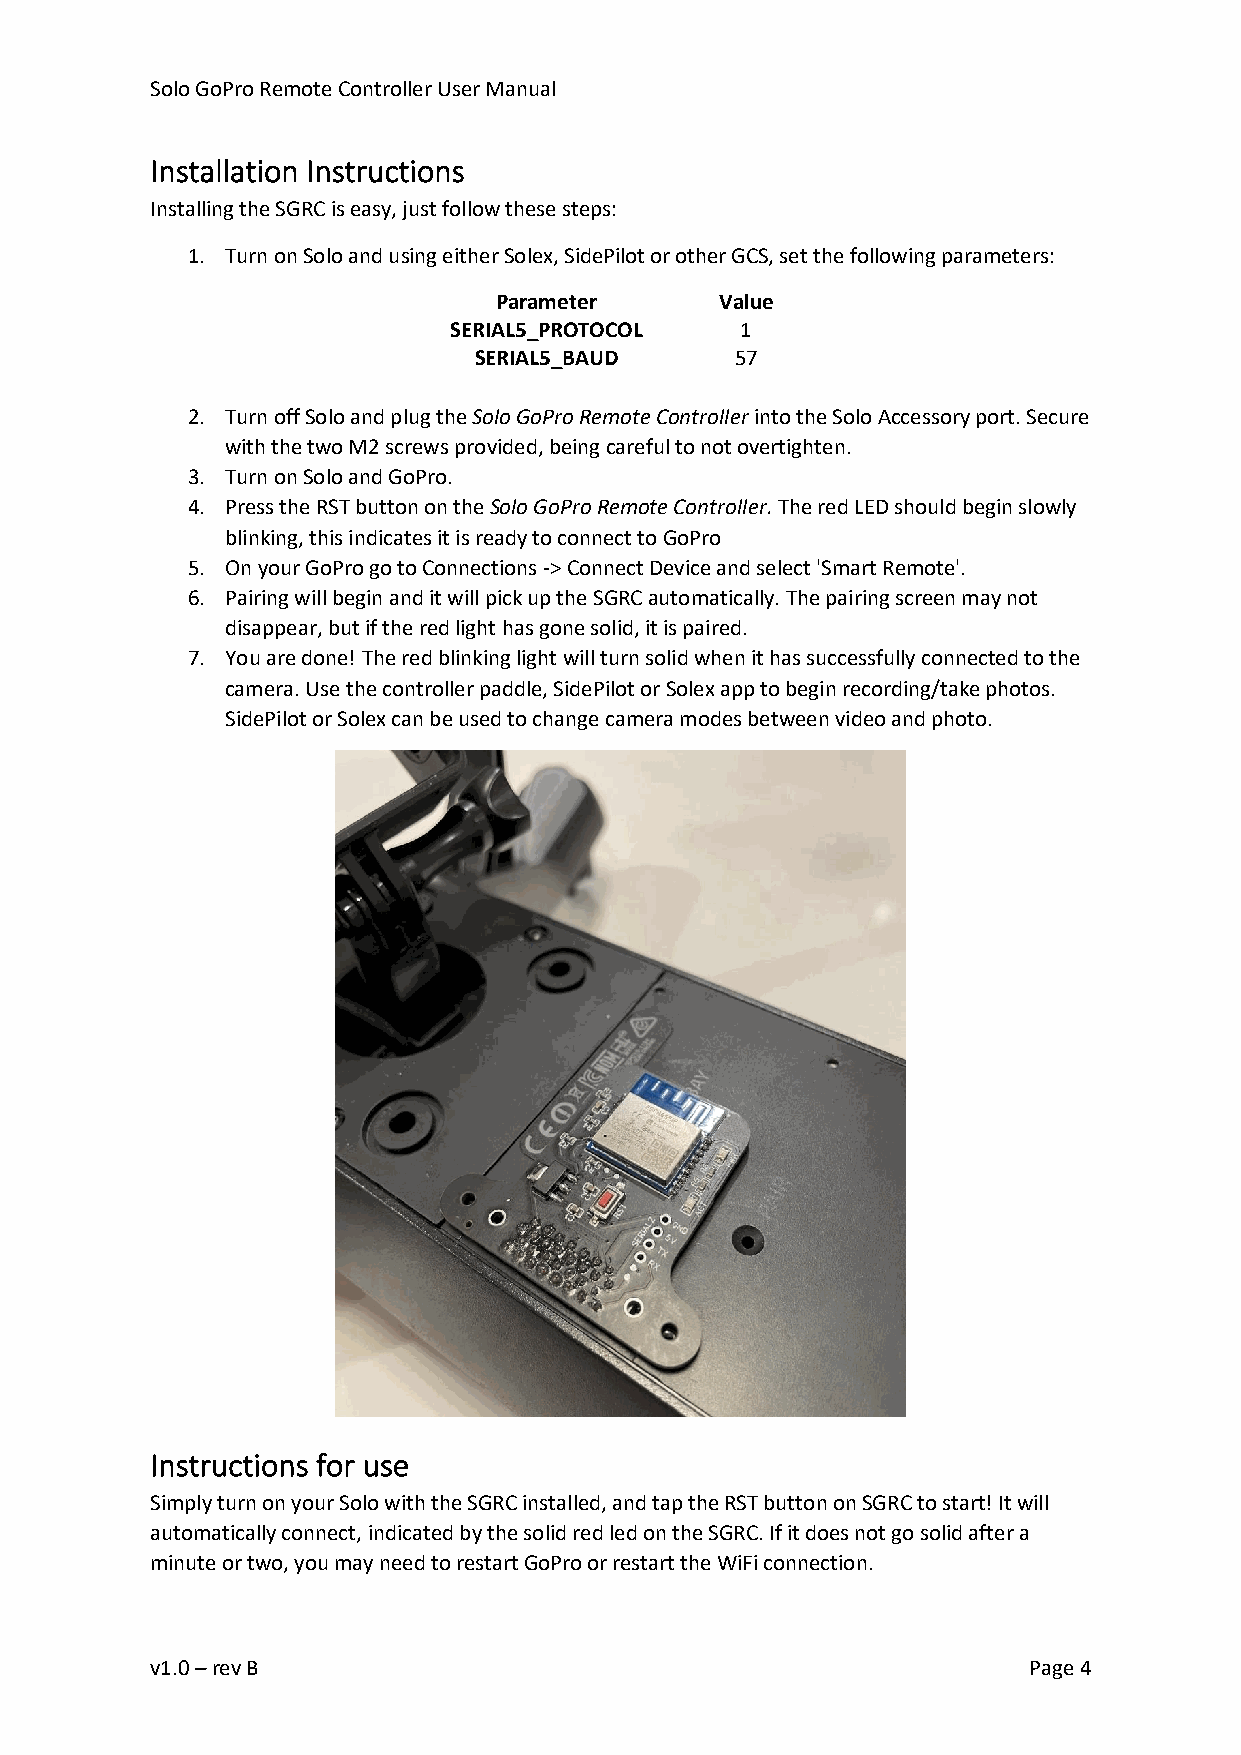
Solo GoPro Remote Controller User Manual
 Installation Instructions
 Installing the SGRC is easy, just follow these steps:
 1. Turn on Solo and using either Solex, SidePilot or other GCS, set the following parameters:
 Parameter      Value
 SERIAL5_PROTOCOL   1
 SERIAL5_BAUD      57
 2. Turn off Solo and plug the Solo GoPro Remote Controller into the Solo Accessory port. Secure
 with the two M2 screws provided, being careful to not overtighten.
 3. Turn on Solo and GoPro.
 4. Press the RST button on the Solo GoPro Remote Controller. The red LED should begin slowly
 blinking, this indicates it is ready to connect to GoPro
 5. On your GoPro go to Connections -> Connect Device and select 'Smart Remote'.
 6. Pairing will begin and it will pick up the SGRC automatically. The pairing screen may not
 disappear, but if the red light has gone solid, it is paired.
 7. You are done! The red blinking light will turn solid when it has successfully connected to the
 camera. Use the controller paddle, SidePilot or Solex app to begin recording/take photos.
 SidePilot or Solex can be used to change camera modes between video and photo.
 Instructions for use
 Simply turn on your Solo with the SGRC installed, and tap the RST button on SGRC to start! It will
 automatically connect, indicated by the solid red led on the SGRC. If it does not go solid after a
 minute or two, you may need to restart GoPro or restart the WiFi connection.
 v1.0 – rev B                                              Page 4